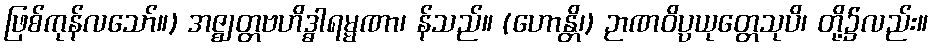
ဖြစ်ကုန်လသော်။) အဇ္ဈတ္တဗဟိဒ္ဓါရမ္မဏာ၊ န်သည်။ (ဟောန္တိ၊) ဉာဏဝိပ္ပယုတ္တေသုပိ၊ တို့၌လည်း။